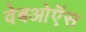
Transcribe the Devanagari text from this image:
वेबओऍस